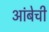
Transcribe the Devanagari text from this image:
आंबेची